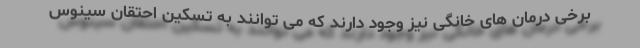
برخی درمان های خانگی نیز وجود دارند که می توانند به تسکین احتقان سینوس